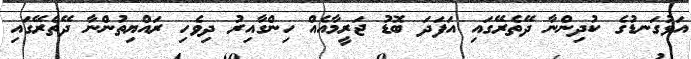
އަޅުގަނޑުގެ ކުދިންނާ ދޭތެރޭގައި އަފަދަ ބޮޑު ޖަރީމާއެއް ހިންގާއިރު ދިވެހި ރައްޔިތުންނާ ދޭތެރޭގައި